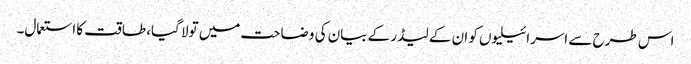
اس طرح سے اسرائیلیوں کو ان کے لیڈر کے بیان کی وضاحت میں تولا گیا، طاقت کا استعمال۔